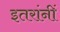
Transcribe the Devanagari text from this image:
इतरांनीं